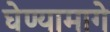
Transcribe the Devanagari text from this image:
घेण्यामागे